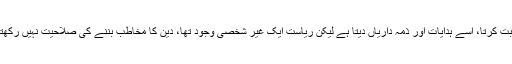
یہ فرد اگر حاکم ہو تو اس سے بھی مخاطبت کرتا، اسے ہدایات اور ذمہ داریاں دیتا ہے لیکن ریاست ایک غیر شخصی وجود تھا، دین کا مخاطب بننے کی صلاحیت نہیں رکھتا تھا مگر اسے مذہب کا کلمہ پڑھوایا گیا۔